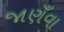
જાણઁવા